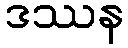
ဒဿန